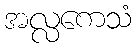
အလ္လကေသံ